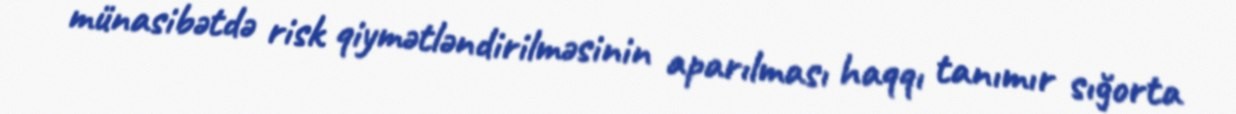
münasibətdə risk qiymətləndirilməsinin aparılması haqqı tanımır sığorta